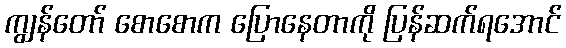
ကျွန်တော် စောစောက ပြောနေတာကို ပြန်ဆက်ရအောင်